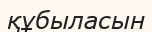
құбыласын